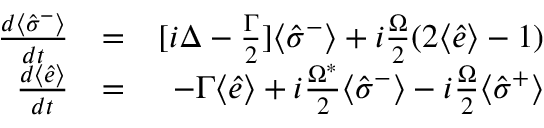
\begin{array} { r l r } { \frac { d \langle \hat { \sigma } ^ { - } \rangle } { d t } } & { = } & { [ i \Delta - \frac { \Gamma } { 2 } ] \langle \hat { \sigma } ^ { - } \rangle + i \frac { \Omega } { 2 } ( 2 \langle \hat { e } \rangle - 1 ) } \\ { \frac { d \langle \hat { e } \rangle } { d t } } & { = } & { - \Gamma \langle \hat { e } \rangle + i \frac { \Omega ^ { * } } { 2 } \langle \hat { \sigma } ^ { - } \rangle - i \frac { \Omega } { 2 } \langle \hat { \sigma } ^ { + } \rangle } \end{array}